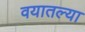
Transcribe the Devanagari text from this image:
वयातल्या